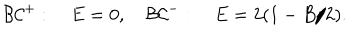
{ \cal B C } ^ { + } : \quad E = 0 , \quad { \cal B C } ^ { - } : \quad E = 2 ( 1 - B / 2 ) .